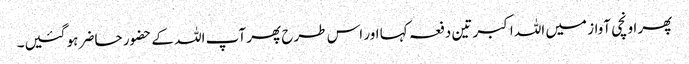
پھر اونچی آواز میں اللہ اکبر تین دفعہ کہا اور اس طرح پھر آپ اللہ کے حضور حاضر ہو گئیں۔